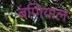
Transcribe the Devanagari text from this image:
बणियाल